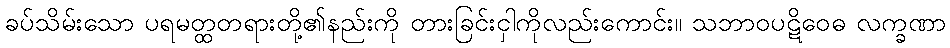
ခပ်သိမ်းသော ပရမတ္ထတရားတို့၏နည်းကို တားခြင်းငှါကိုလည်းကောင်း။ သဘာဝပဋိဝေဓ လက္ခဏာ